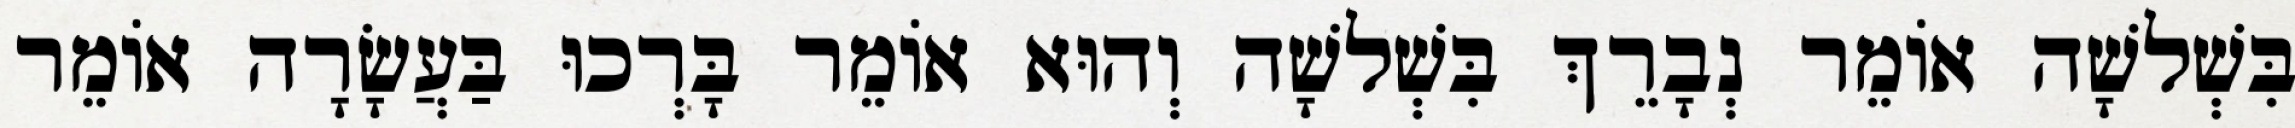
בִּשְׁלשָׁה אוֹמֵר נְבָרֵךְ בִּשְׁלשָׁה וְהוּא אוֹמֵר בָּרְכוּ בַּעֲשָׂרָה אוֹמֵר